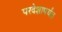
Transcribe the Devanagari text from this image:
परदेशापर्यंत